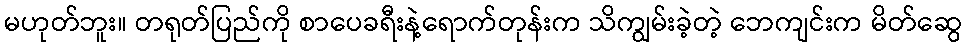
မဟုတ်ဘူး။ တရုတ်ပြည်ကို စာပေခရီးနဲ့ရောက်တုန်းက သိကျွမ်းခဲ့တဲ့ ဘေကျင်းက မိတ်ဆွေ